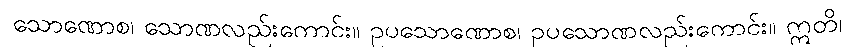
သောဏောစ၊ သောဏလည်းကောင်း။ ဥပသောဏောစ၊ ဥပသောဏလည်းကောင်း။ ဣတိ၊